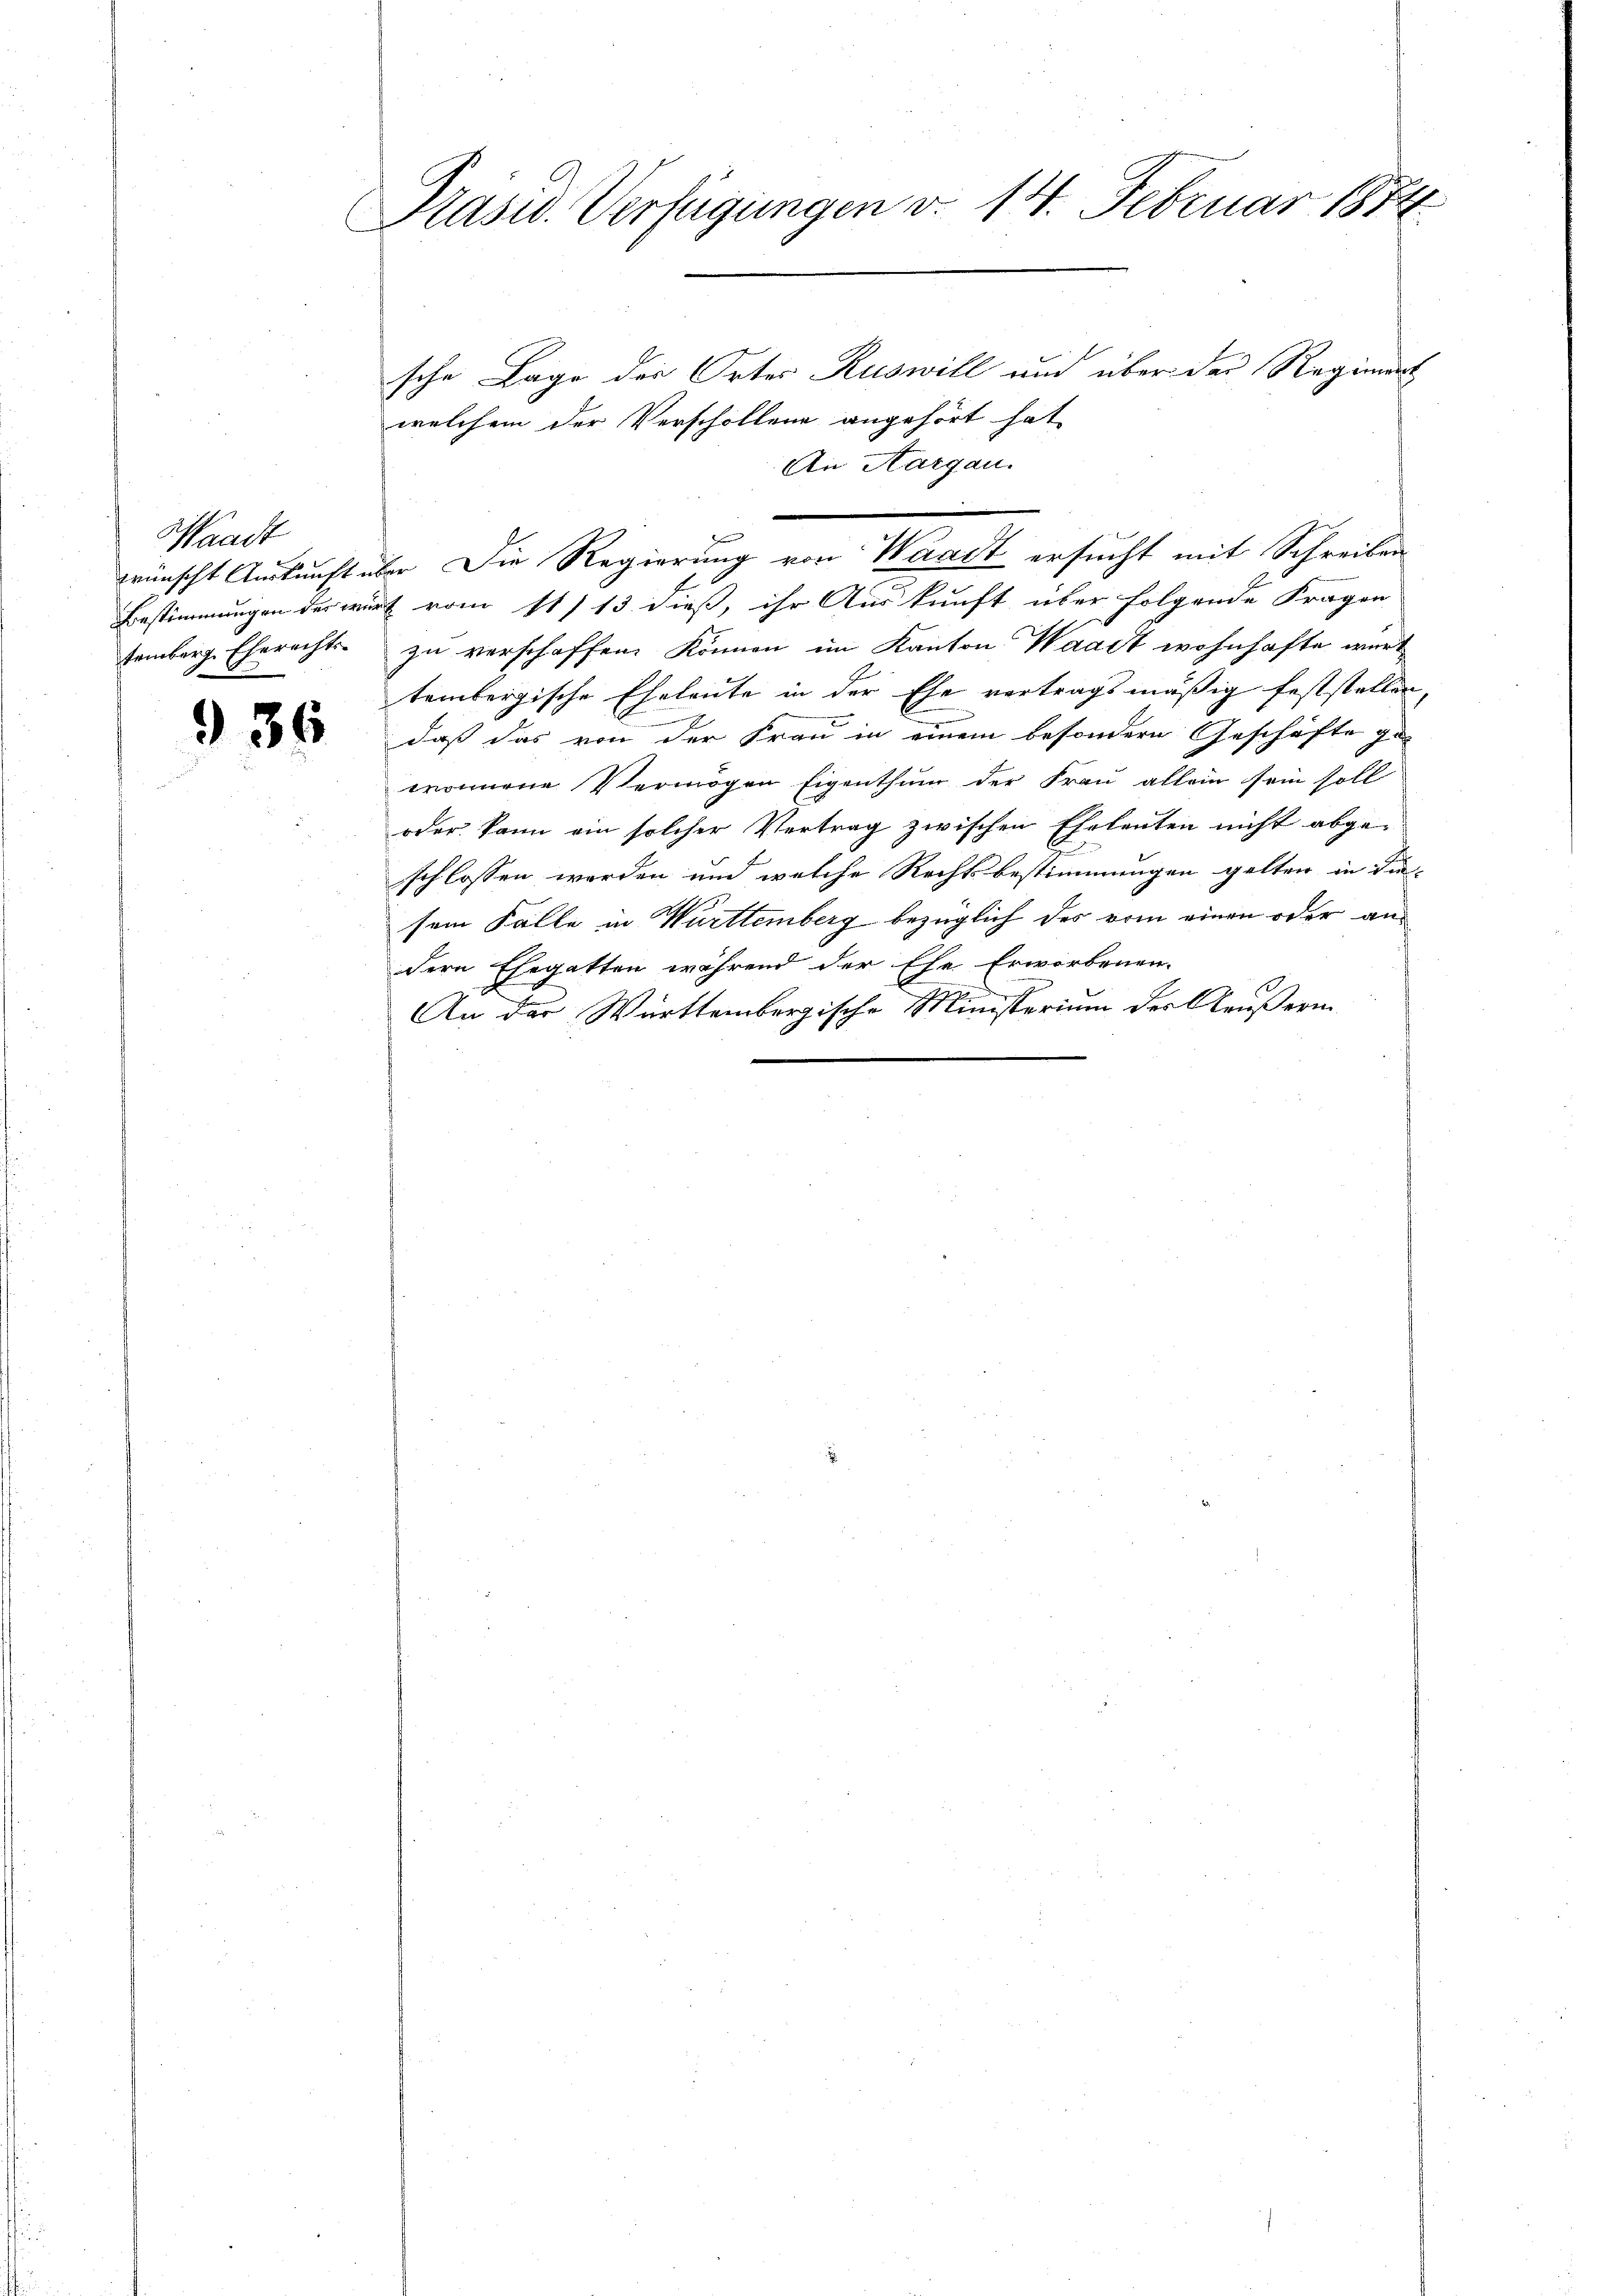
Waadt
temberg. Eherechts-

936

Präsid. Verfügungen v. 14. Februar 1874

sche Lage der Ortes Ruswill und über der Regiment
welchem der Verschollene angehört hat,
wünscht Auskunft über Die Regierung von Waadt ersucht mit Schreiben
Bestimmungen des würt vom 111 13 dieß, ihr Auskunft über folgende Fragen
zu verschaffen können im Kanton Waadt wohnhafte werd
tembergische Eheleute in der Ehe vertragsmäßig feststellen,
daß das von der Frau in einem besondern Geschäfte ge-
wronnene Vermögen Eigenthum der Frau allein sein soll
oder kann ein solcher Vertrag zwischen Eheleuten nicht abgeschlossen werden und welche Rechtsbestimmungen gelten in die
sem Falle in Württemberg bezüglich des vom einen oder andern Ehegatten während der Ehe Erworbenen.
An der Württembergische Münsterium der Aeußerun

An Aargau.
e